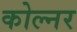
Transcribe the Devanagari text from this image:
कोल्नर